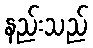
နည်းသည်